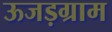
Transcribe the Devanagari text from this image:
ऊजड़ग्राम